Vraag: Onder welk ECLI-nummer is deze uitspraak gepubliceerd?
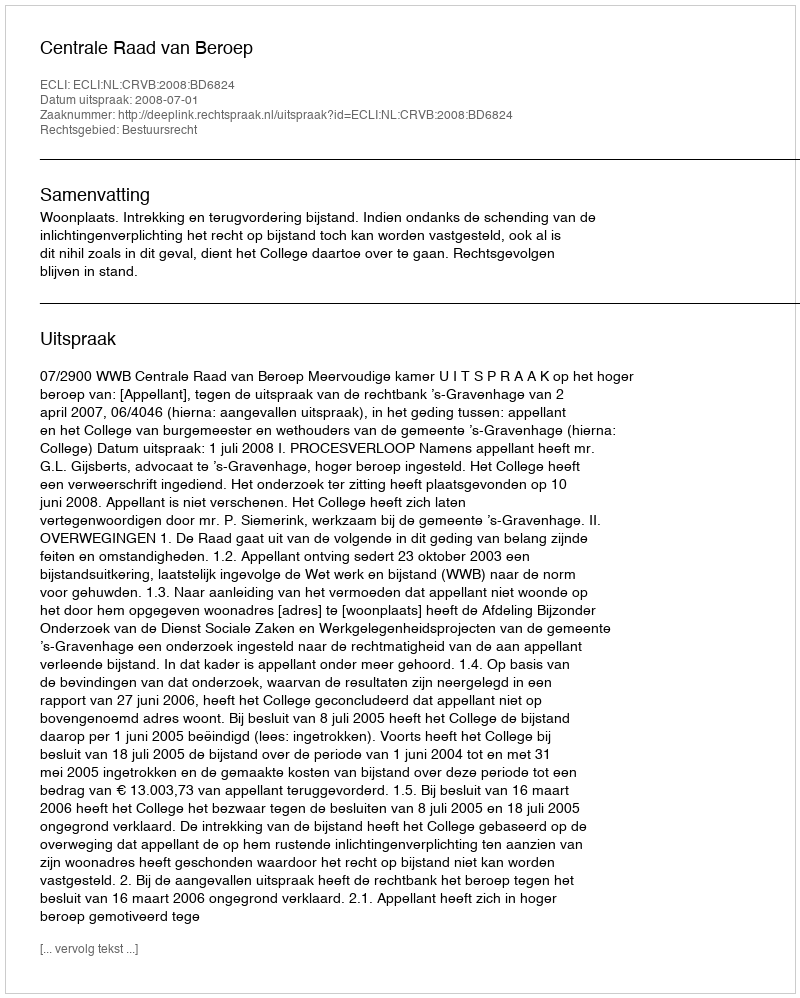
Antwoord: ECLI:NL:CRVB:2008:BD6824